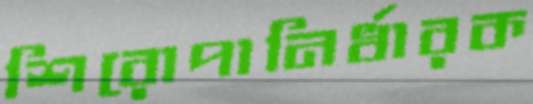
শিরোপানির্ধারক